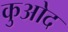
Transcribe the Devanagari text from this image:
कुओद